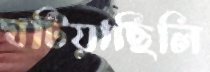
ঘটিয়াছিলি